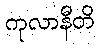
ကုလာနီတိ